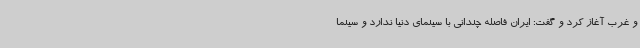
و غرب آغاز کرد و گفت: ایران فاصله چندانی با سینمای دنیا ندارد و سینما